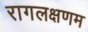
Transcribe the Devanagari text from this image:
रागलक्षणम